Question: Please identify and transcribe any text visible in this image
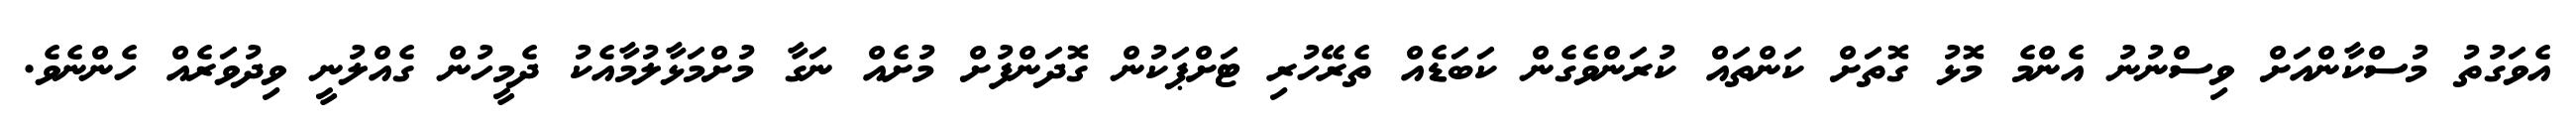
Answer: އެވަގުތު މުސްކާންއަށް ވިސްނުނު އެންމެ މޮޅު ގޮތަށް ކަންތައް ކުރަންވެގެން ކަބަޑެއް ތެރޭހުރި ޓަށްޕަކުން ގޮދަންފުށް މުށެއް ނަގާ މުށްމަޅާލުމާއެކު ދެމީހުން ގެއްލުނީ ވިދުވަރެއް ހެންނެވެ.